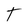
Character: T